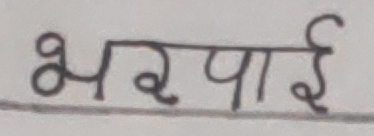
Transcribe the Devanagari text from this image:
भरपाई